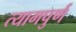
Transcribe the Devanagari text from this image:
त्यागपुर्ण